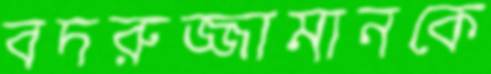
বদরুজ্জামানকে